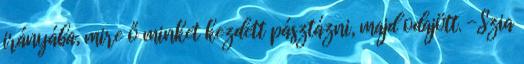
irányába, mire ő minket kezdett pásztázni, majd odajött. -Szia